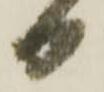
り